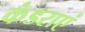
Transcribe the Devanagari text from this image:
कंडराएं